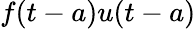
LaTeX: f(t-a)u(t-a)